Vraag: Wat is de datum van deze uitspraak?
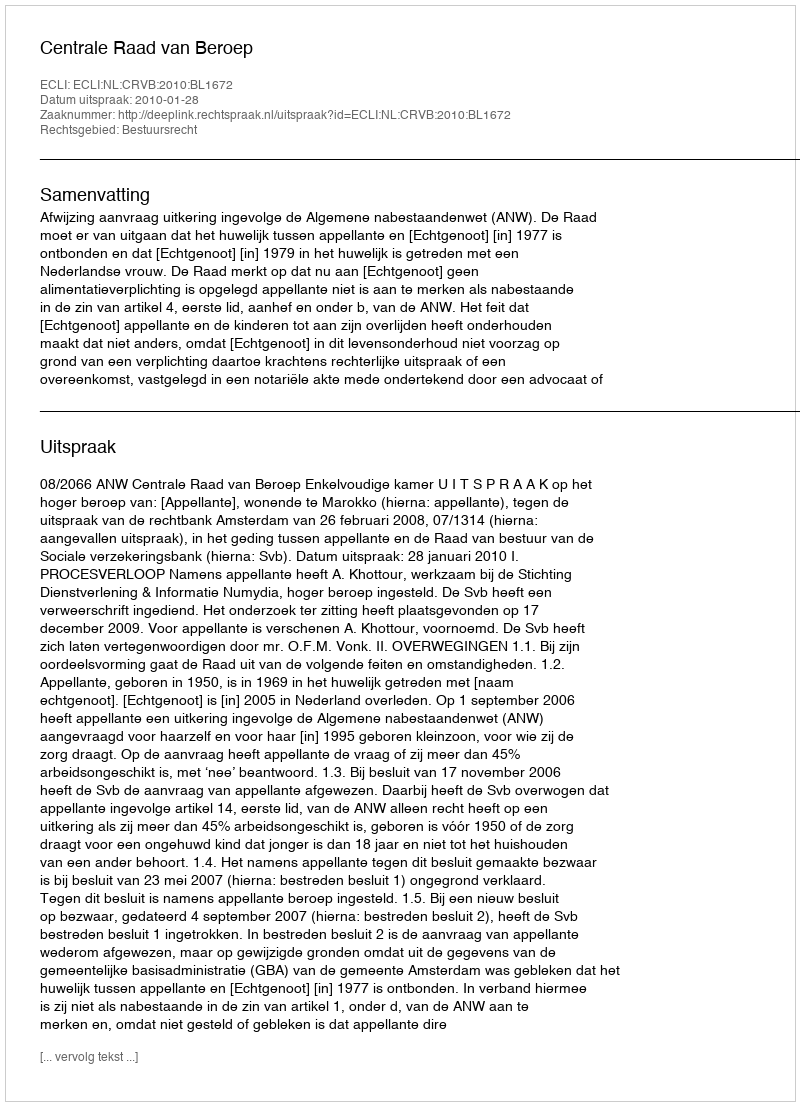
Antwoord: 2010-01-28